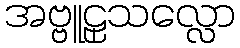
အဗ္ဗူဠှသလ္လော